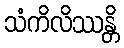
သံကိလိဿန္တိ